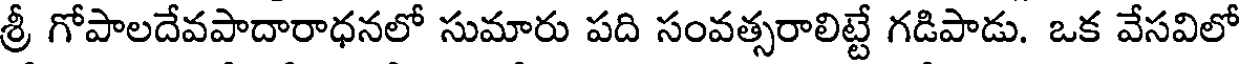
శ్రీ గోపాలదేవపాదారాధనలో సుమారు పది సంవత్సరాలిట్టే గడిపాడు. ఒక వేసవిలో